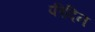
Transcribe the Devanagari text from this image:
फीदिन